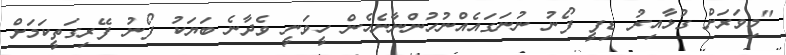
"މިވަރަށް ގުޅާއިރު ޑިފީ ފޯނު ނުނަގައެއްނުހުންނާނެހެން ހީވަނީ ވެދާނެ ބަޔަކު ފޯނު ފޭރިގަތީކަމަށް